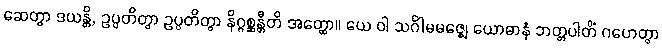
ဆေတွာ ဒယန္တိ, ဥပ္ပတိတွာ ဥပ္ပတိတွာ နိဂ္ဂစ္ဆန္တီတိ အတ္ထော။ ယေ ဝါ သင်္ဂါမမဇ္ဈေ ယောဓာနံ ဘတ္တပါတိံ ဂဟေတွာ